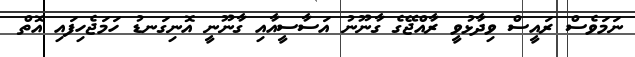
ނަމަވެސް ރައީސް ވިދާޅުވީ ރާއްޖޭގެ ގާނޫނު އަސާސީއާއި ގާނޫނީ އޮނިގަނޑު ހަމަޖެހިފައި އޮތް